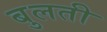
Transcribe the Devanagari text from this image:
बुलती